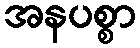
အနပစ္စာ